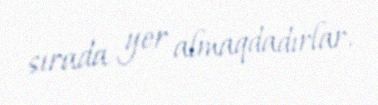
sırada yer almaqdadırlar.